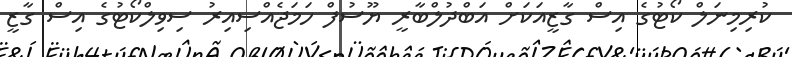
ކުރިމިނަލް ކޯޓުގެ އިސް ގާޒީއަކަށް އަބްދުލްބާރީ ޔޫސުފް ހަމަޖެއްސިއިރު ސިވިލްކޯޓުގެ އިސް ގާޒީ